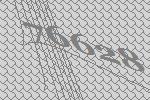
76628